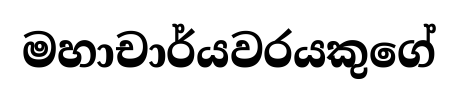
මහාචාර්යවරයකුගේ